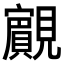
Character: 𧢘